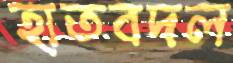
হাতবদল